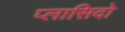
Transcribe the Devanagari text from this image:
प्लासिदो